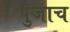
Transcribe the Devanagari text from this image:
पुजाच